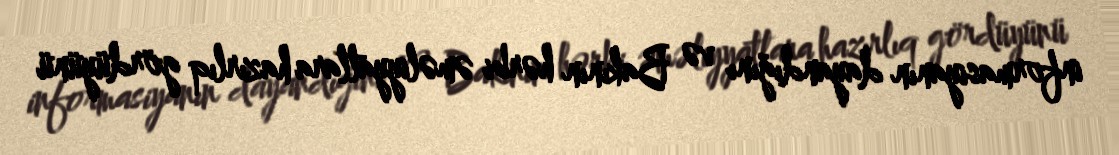
informasiyanın dayandığını və Bakının hərbi əməliyyatlara hazırlıq gördüyünü